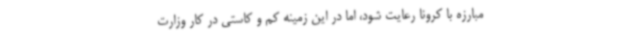
مبارزه با کرونا رعایت شود، اما در این زمینه کم و کاستی در کار وزارت